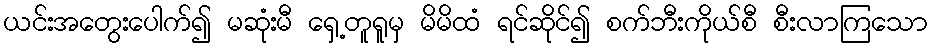
ယင်းအတွေးပေါက်၍ မဆုံးမီ ရှေ့တူရူမှ မိမိထံ ရင်ဆိုင်၍ စက်ဘီးကိုယ်စီ စီးလာကြသော